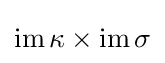
\operatorname {im} \kappa \times \operatorname {im} \sigma